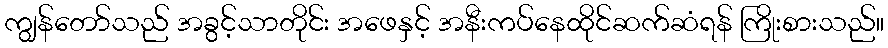
ကျွန်တော်သည် အခွင့်သာတိုင်း အဖေနှင့် အနီးကပ်နေထိုင်ဆက်ဆံရန် ကြိုးစားသည်။